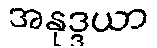
အနုဒ္ဒယာ